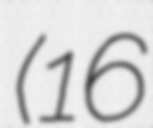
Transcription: (16